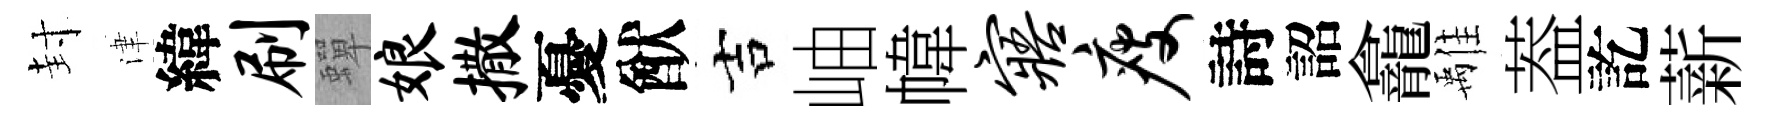
封津緯刷蟬娘撒憂猷吉岫幃寤瘦詩詔龕𩀌葢訖薪